Rangoon Lunatic Asylum 1893-1897 - 1893-1897
Year: 1893
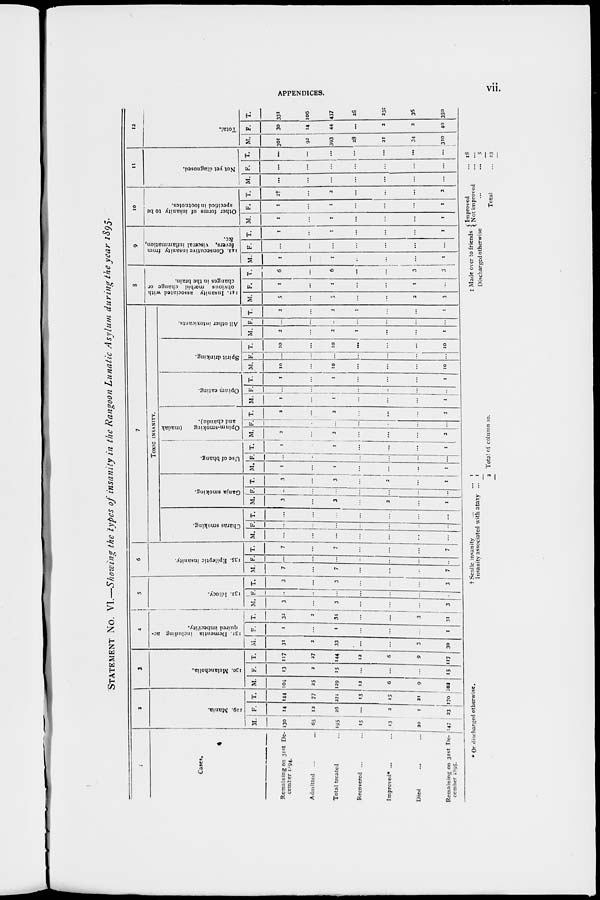
APPENDICES. vii.
STATEMENT No. VI.—Showing the types of insanity in the Rangoon Lunatic Asylum during the year 1895.
1
Cases.
Remaining on 31st De-
cember 1894.
Admitted ... ...
Total treated ...
Recovered ... ...
Improved* ...
...
Died
...
...
Remaining on 31st De-
cember
1895.
2
129. Mania.
M.
130
65
195
15
13
20
147
F.
14
12
26
...
2
1
23
T.
144
77
221
15
15
21
170
3
130. Melancholia.
M.
104
25
129
12
6
9
102
F.
13
2
15
...
...
...
15
T.
117
27
144
12
6
9
117
4
131. Dementia including ac-
quired imbecility.
M.
31
2
33
...
...
3
30
F.
1
...
1
...
...
...
1
T.
32
2
34
...
...
3
31
5
132. Idiocy.
M.
3
...
3
...
...
...
3
F.
...
...
...
...
...
...
...
T.
3
...
3
...
...
...
3
6
135. Epileptic insanity.
M.
7
...
7
...
...
...
7
F.
...
...
...
...
...
...
...
T.
7
...
7
...
...
...
7
7
TOXIC INSANITY.
Charas smoking.
M.
...
...
...
...
...
...
...
F.
...
...
...
...
...
...
...
T.
...
...
...
...
...
...
...
Ganja smoking.
M.
3
...
3
...
2
...
1
F.
...
...
...
...
...
...
...
T.
3
...
3
...
2
...
1
Use of bhang.
M.
1
...
1
...
...
...
1
F.
...
...
...
...
...
...
...
T.
1
...
1
...
...
...
1
Opium-smoking
(madak
and chandu).
M.
2
...
2
...
...
...
2
F.
..
...
...
...
...
...
...
T.
2
...
2
...
...
...
2
Opium eating.
M.
1
...
1
...
...
...
1
F.
..
...
...
...
...
...
...
T.
1
...
1
...
...
...
1
Spirit drinking.
M.
10
...
10
...
...
...
10
F.
...
...
...
...
...
...
...
T.
10
...
10
...
...
...
10
All other intoxicants.
M.
2
...
2
1
...
...
1
F.
...
...
...
...
...
...
...
T.
2
...
2
1
...
...
1
8
141. Insanity associated with
obvious morbid change or
changes in the brain.
M.
5
...
5
...
...
2
3
F.
1
...
1
...
...
1
...
T.
6
...
6
...
...
3
3
9
142. Consecutive insanity from
fevers, visceral inflammation,
&c.
M.
1
...
1
...
...
...
1
F.
...
...
...
...
...
...
...
T.
1
...
1
...
...
...
1
10
Other forms of insanity to be
specified in footnotes.
M.
1
...
1
...
...
...
1
F.
1
...
1
...
...
...
1
T.
2†
...
2
...
...
...
2
11
Not yet diagnosed.
M.
...
...
...
...
...
...
...
F.
...
...
...
...
...
...
...
T.
...
...
...
...
...
...
...
12
Total.
M.
301
92
393
28
21
34
310
F.
30
14
44
...
2
2
40
T.
331
106
437
28
23‡
36
350
* Or discharged otherwise.
† Senile insanity ... ...
Insanity associated with ataxy ...
1
1
2 Total of column 10.
‡ Made over to friends Improved ...
Not improved ...
Discharged otherwise ... ...
Total ...
18
...
5
23